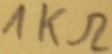
Text: 1KΩ